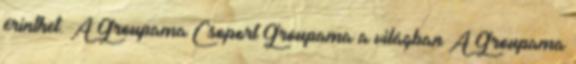
érinthet. A Groupama Csoport Groupama a világban A Groupama